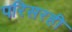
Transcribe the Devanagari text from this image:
परिसरही